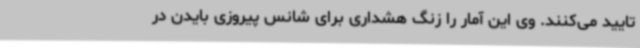
تایید می‌کنند. وی این آمار را زنگ هشداری برای شانس پیروزی بایدن در